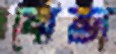
ঝেন্ডা